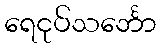
ရေငုပ်သင်္ဘော